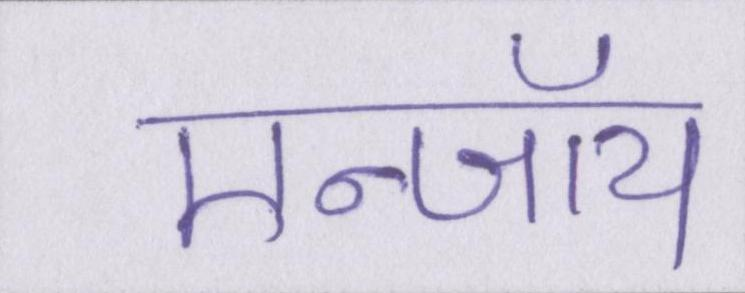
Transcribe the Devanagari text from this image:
एन्जॉय